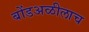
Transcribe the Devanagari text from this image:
बोंडअळीलाच